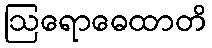
ဩရောဓေထာတိ